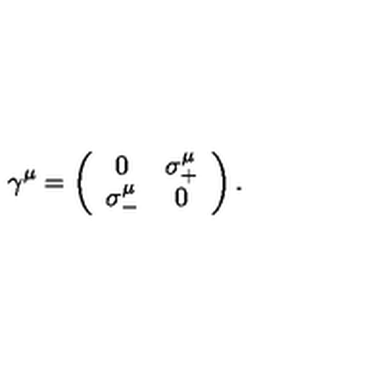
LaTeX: \gamma ^ { \mu } = \left( \begin{array} { c c } { 0 } & { \sigma _ { + } ^ { \mu } } \\ { \sigma _ { - } ^ { \mu } } & { 0 } \\ \end{array} \right) .